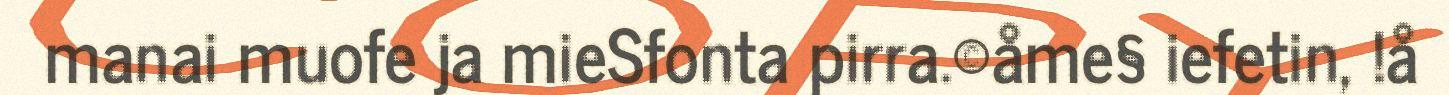
manai muofe ja mieSfonta pirra.©åme§ iefetin, !å